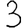
Digit: 3